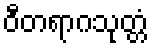
ဝီတရာဂသုတ္တံ